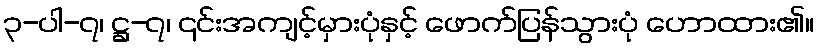
၃-ပါ-၇၊ ဋ္ဌ-၇၊ ၎င်းအကျင့်မှားပုံနှင့် ဖောက်ပြန်သွားပုံ ဟောထား၏။